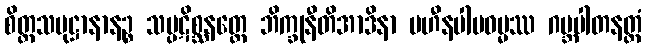
စိတ္တသမုဋ္ဌာနာနဉ္စ သမ္ပဋိစ္ဆနတ္ထေ ဘိက္ခုနီတိအာဒိနာ ပဟီနပါပဓမ္မဿ ဂဗ္ဘပါတနတ္ထံ